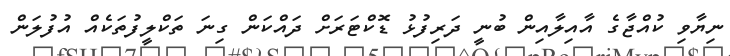
ނިޔާވި ކުއްޖާގެ އާއިލާއިން ބުނީ ދަރިފުޅު ޑޮކްޓަރަށް ދައްކަން ގިނަ ތަކްލީފުތަކެއް އުފުލަން